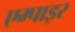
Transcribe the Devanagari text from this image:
एम्पाइर